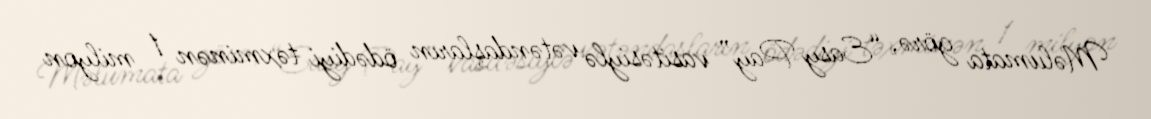
Məlumata görə, “Easy Pay” vasitəsiylə vətəndaşların ödədiyi təxminən 1 milyon